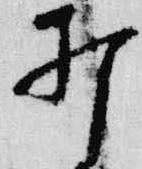
打